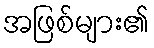
အဖြစ်များ၏